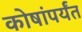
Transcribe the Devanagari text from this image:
कोषांपर्यंत